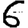
Digit: 6